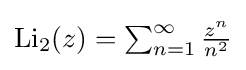
{\textstyle \operatorname {Li} _{2}(z)=\sum _{n=1}^{\infty }{\frac {z^{n}}{n^{2}}}}